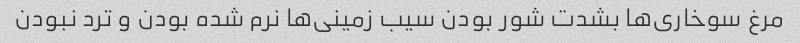
مرغ سوخاری‌ها بشدت شور بودن سیب زمینی‌ها نرم شده بودن و ترد نبودن